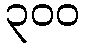
၃၀၀